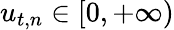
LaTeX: u_{t,n}\in[0,+\infty)